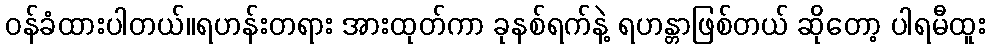
ဝန်ခံထားပါတယ်။ရဟန်းတရား အားထုတ်ကာ ခုနစ်ရက်နဲ့ ရဟန္တာဖြစ်တယ် ဆိုတော့ ပါရမီထူး